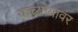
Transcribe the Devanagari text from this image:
यांच्यायावर